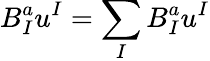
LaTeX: B_{I}^{a}u^{I}=\sum_{I}B_{I}^{a}u^{I}